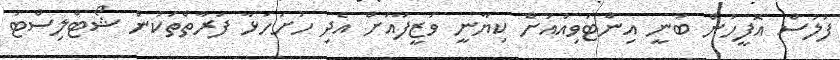
ފުލުސް އޮފީހުން ބުނީ އިންޓަވިއުއަށް ކިޔާނީ ވަޒީފާއަށް އެދި ހުށަހަޅާ ފަރާތްތަކުން ޝޯޓްލިސްޓު